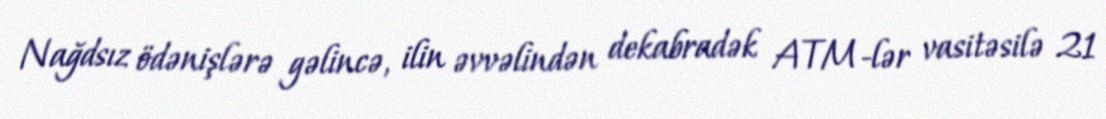
Nağdsız ödənişlərə gəlincə, ilin əvvəlindən dekabradək ATM-lər vasitəsilə 21